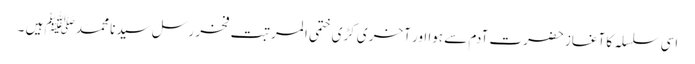
اسی سلسلہ کا آغاز حضرت آدم سے ہوا اور آخر ی کڑی ختمی المرتبت فخر رسل سیدنا محمد ﷺ ہیں ۔